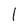
Character: l